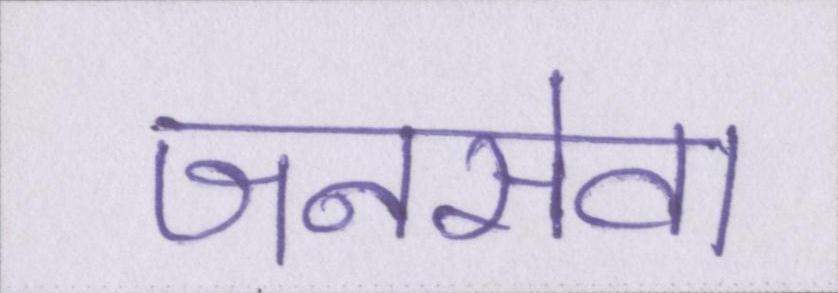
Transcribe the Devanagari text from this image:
जनसेवा